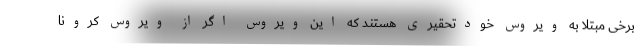
برخی مبتلا به ویروس خودتحقیری هستند که این ویروس اگر از ویروس کرونا